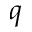
q